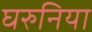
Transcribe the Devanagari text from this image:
घरुनिया